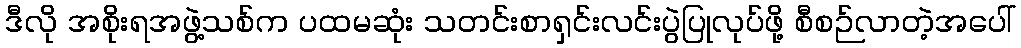
ဒီလို အစိုးရအဖွဲ့သစ်က ပထမဆုံး သတင်းစာရှင်းလင်းပွဲပြုလုပ်ဖို့ စီစဉ်လာတဲ့အပေါ်